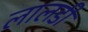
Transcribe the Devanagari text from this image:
लालडी